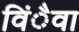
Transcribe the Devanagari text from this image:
विंैवा